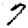
Digit: 7